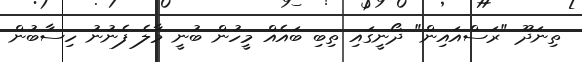
ތިނަދޫ "ރަސްއައިން" ދޯނީގައި ތިބި ބައެއް މީހުން ބުނީ މާލެ ފެނުނު ހިސާބުން